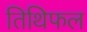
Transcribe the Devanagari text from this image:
तिथिफल